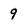
Character: 9